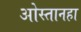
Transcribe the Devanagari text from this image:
ओस्तानहा